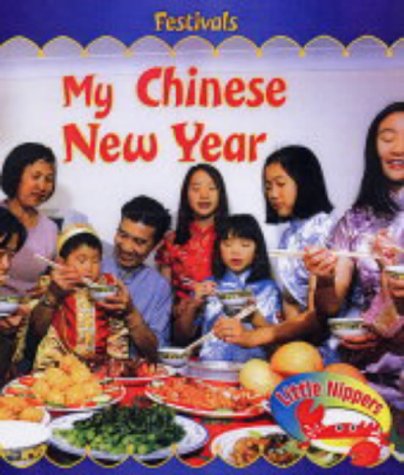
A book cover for Festivals: My Chinese New Year (Little Nippers: Festivals) (Little Nippers: Festivals); Monica Hughes; Children's Books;